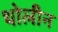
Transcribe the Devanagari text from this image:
थोलीन